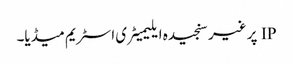
IP پر غیر سنجیدہ ایلیمیٹری اسٹریم میڈیا۔